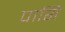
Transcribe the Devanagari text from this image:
पासि